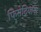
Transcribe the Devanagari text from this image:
फिरोदियांना